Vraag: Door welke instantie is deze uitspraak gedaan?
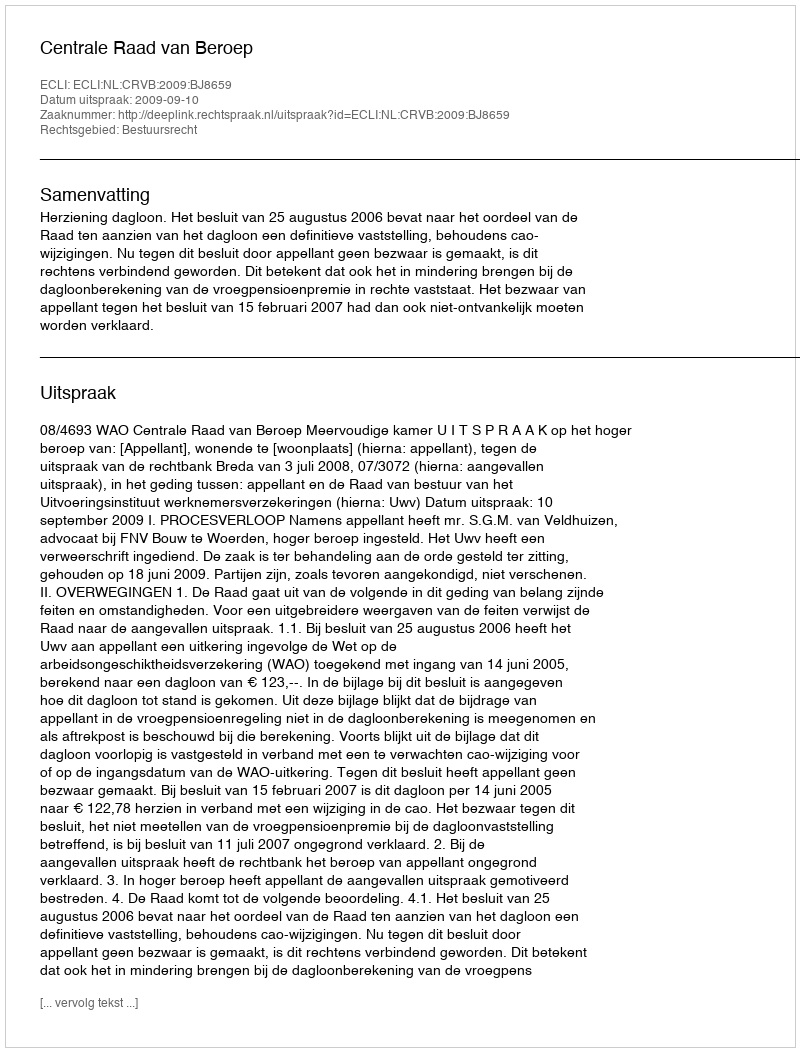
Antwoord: Centrale Raad van Beroep